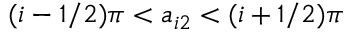
( i - 1 / 2 ) \pi < a _ { i 2 } < ( i + 1 / 2 ) \pi